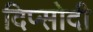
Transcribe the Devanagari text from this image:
दिप्सोदी